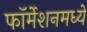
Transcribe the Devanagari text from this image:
फॉर्मेशनमध्ये